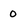
Character: 0